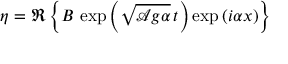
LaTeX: \eta = \Re \left\{ B \, \exp \left( { \sqrt { { \mathcal { A } } g \alpha } } \, t \right) \exp \left( i \alpha x \right) \right\}